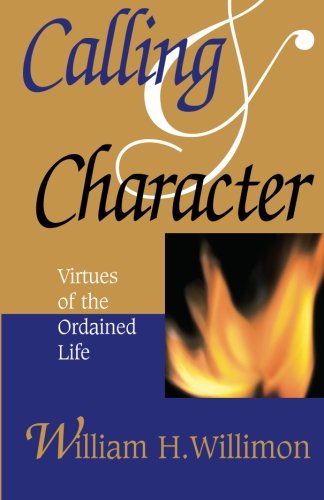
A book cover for Calling & Character: Virtues of the Ordained Life; William H. Willimon; Christian Books & Bibles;